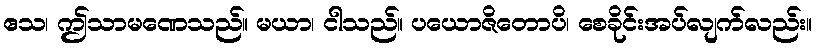
ဧသ၊ ဤသာမဏေသည်။ မယာ၊ ငါသည်။ ပယောဇိတောပိ၊ စေခိုင်းအပ်လျက်လည်း။